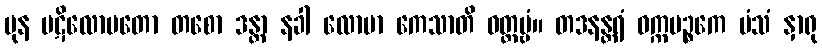
ပုန ပဋိလောမတော တစော ဒန္တာ နခါ လောမာ ကေသာတိ ဝတ္တဗ္ဗံ။ တဒနန္တရံ ဝက္ကပဉ္စကေ မံသံ နှာရု